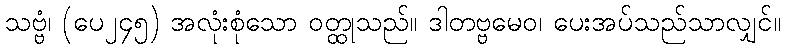
သဗ္ဗံ၊ (ပေ၂၄၅) အလုံးစုံသော ဝတ္ထုသည်။ ဒါတဗ္ဗမေဝ၊ ပေးအပ်သည်သာလျှင်။